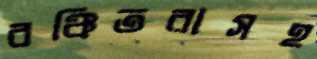
বঞ্চিতরাসহ